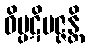
ဝိပ္ပဋိပဇ္ဇန္တိ